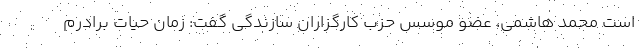
است محمد هاشمی، عضو موسس حزب کارگزاران سازندگی گفت: زمان حیات برادرم